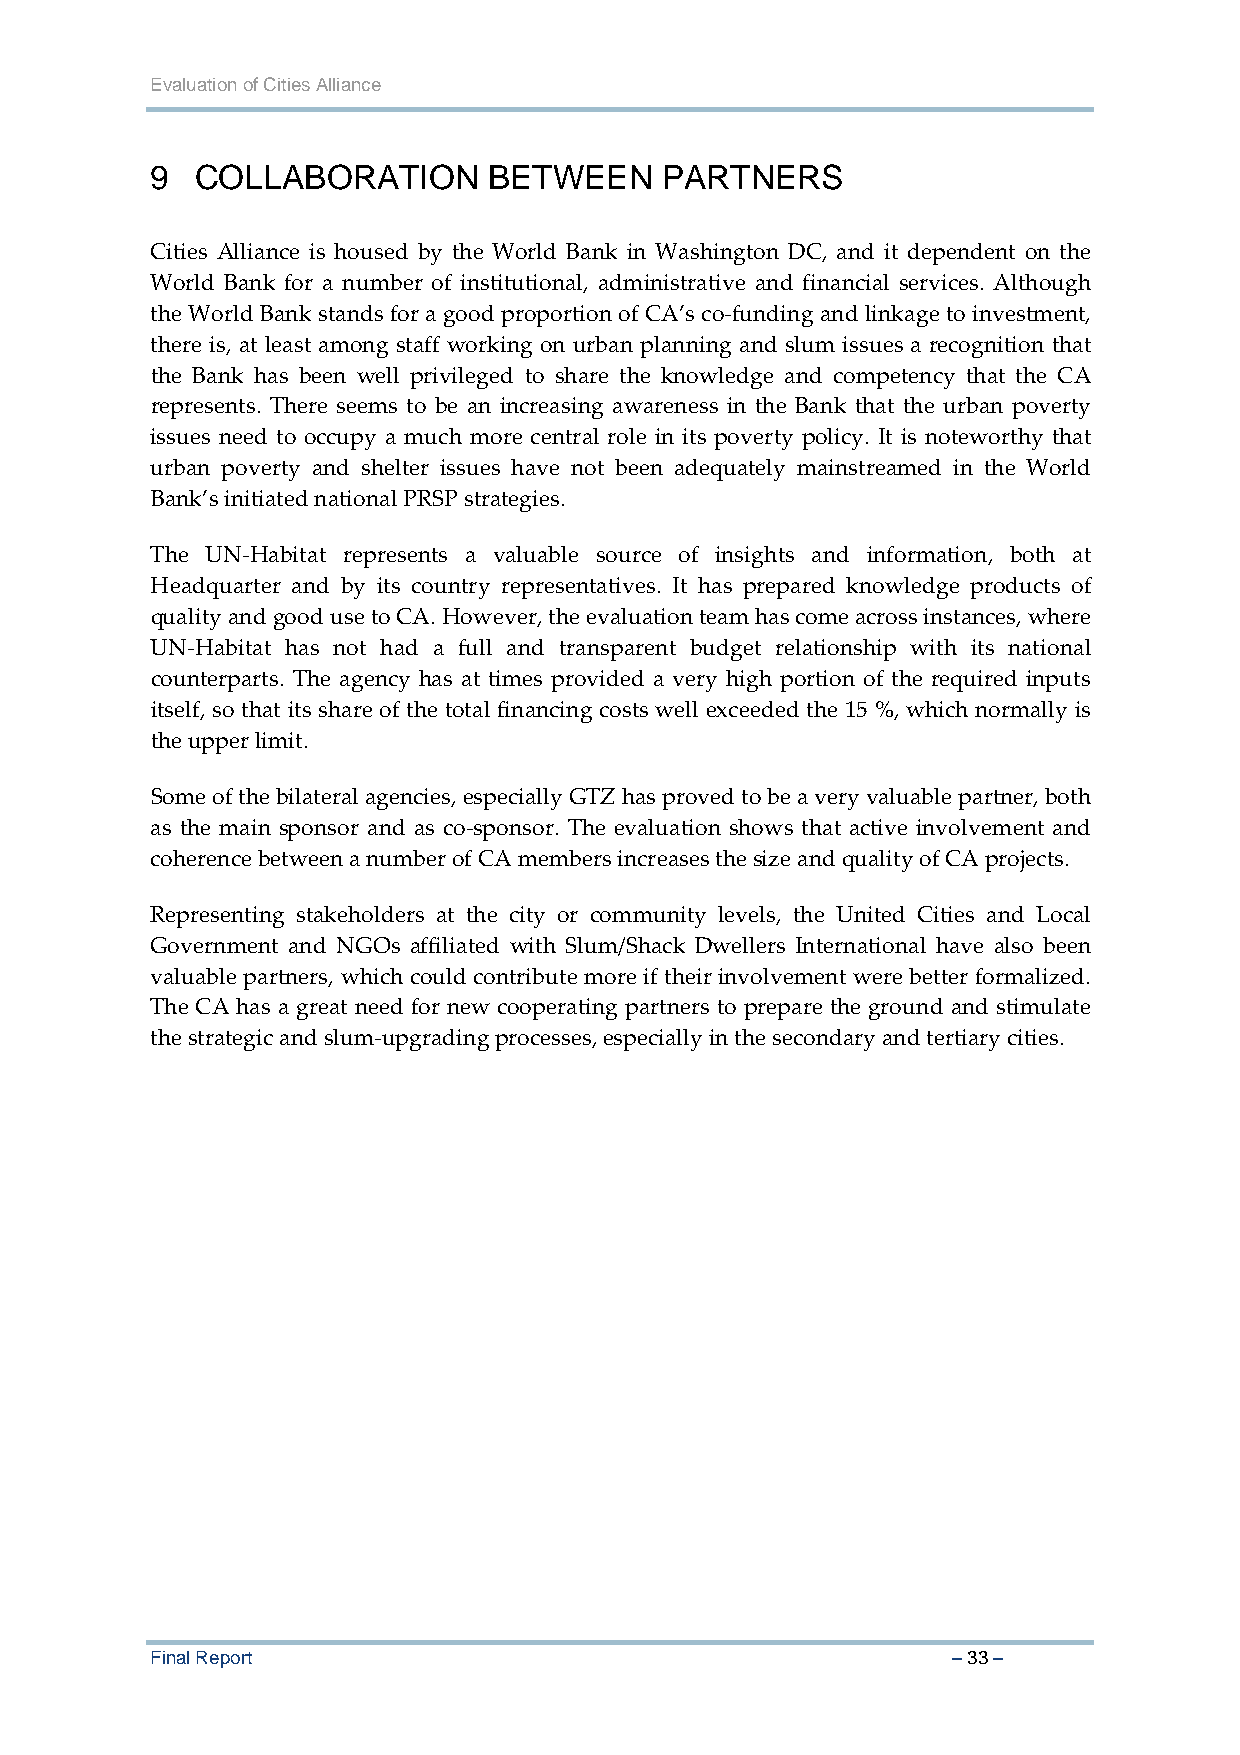
Evaluation of Cities Alliance
 9  COLLABORATION      BETWEEN     PARTNERS
 Cities Alliance is housed by the World Bank in Washington DC, and it dependent on the
 World Bank for a number of institutional, administrative and financial services. Although
 the World Bank stands for a good proportion of CA’s co‐funding and linkage to investment,
 there is, at least among staff working on urban planning and slum issues a recognition that
 the Bank has been well privileged to share the knowledge and competency that the CA
 represents. There seems to be an increasing awareness in the Bank that the urban poverty
 issues need to occupy a much more central role in its poverty policy. It is noteworthy that
 urban poverty and shelter issues have not been adequately mainstreamed in the World
 Bank’s initiated national PRSP strategies.
 The UN‐Habitat represents a valuable source of insights and information, both at
 Headquarter and by its country representatives. It has prepared knowledge products of
 quality and good use to CA. However, the evaluation team has come across instances, where
 UN‐Habitat has not had a full and transparent budget relationship with its national
 counterparts. The agency has at times provided a very high portion of the required inputs
 itself, so that its share of the total financing costs well exceeded the 15 %, which normally is
 the upper limit.
 Some of the bilateral agencies, especially GTZ has proved to be a very valuable partner, both
 as the main sponsor and as co‐sponsor. The evaluation shows that active involvement and
 coherence between a number of CA members increases the size and quality of CA projects.
 Representing stakeholders at the city or community levels, the United Cities and Local
 Government and NGOs affiliated with Slum/Shack Dwellers International have also been
 valuable partners, which could contribute more if their involvement were better formalized.
 The CA has a great need for new cooperating partners to prepare the ground and stimulate
 the strategic and slum‐upgrading processes, especially in the secondary and tertiary cities.
 Final Report                                         – 33 –